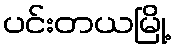
ပင်းတယမြို့